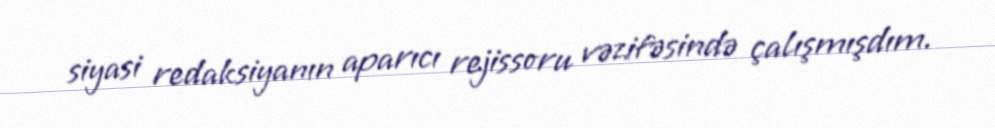
siyasi redaksiyanın aparıcı rejissoru vəzifəsində çalışmışdım.